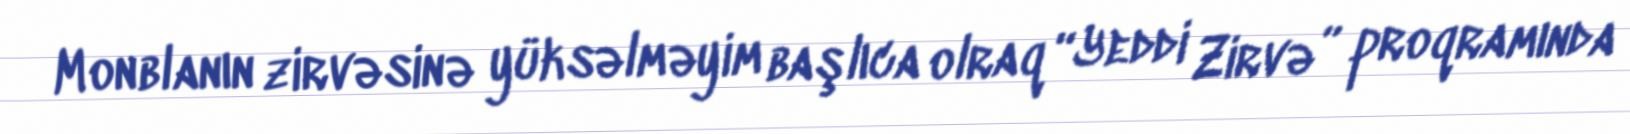
Monblanın zirvəsinə yüksəlməyim başlıca olraq “Yeddi Zirvə” proqramında